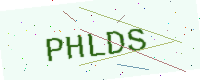
Text: PHLDS